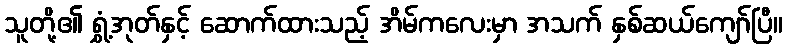
သူတို့၏ ရွှံ့အုတ်နှင့် ဆောက်ထားသည့် အိမ်ကလေးမှာ အသက် နှစ်ဆယ်ကျော်ပြီ။